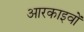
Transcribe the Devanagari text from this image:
आरकाइवों